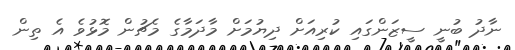
ނާދު ބުނީ ސީޒަންގައި ކުރިއަށް ދިޔުމަށް މާދަމާގެ މެޗުން މޮޅުވެ އެ ތިން